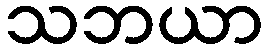
သဘယာ